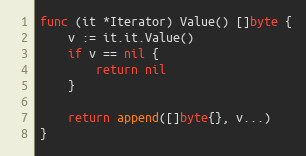
Language: Go
func (it *Iterator) Value() []byte {
	v := it.it.Value()
	if v == nil {
		return nil
	}

	return append([]byte{}, v...)
}